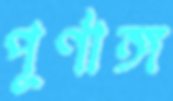
পূর্ণাঙ্গ